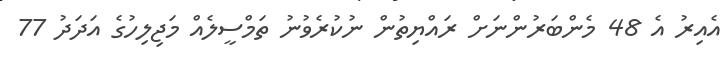
އެއިރު އެ 48 މެންބަރުންނަށް ރައްޔިތުން ނުކުރެވުނު ތަމްސީލެއް މަޖިލިހުގެ އަދަދު 77